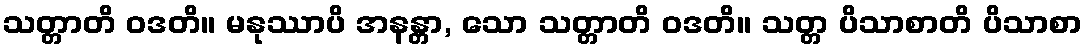
သတ္တာတိ ဝဒတိ။ မနုဿာပိ အနန္တာ, သော သတ္တာတိ ဝဒတိ။ သတ္တ ပိသာစာတိ ပိသာစာ